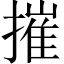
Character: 摧